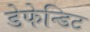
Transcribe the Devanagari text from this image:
डेफेन्डिट